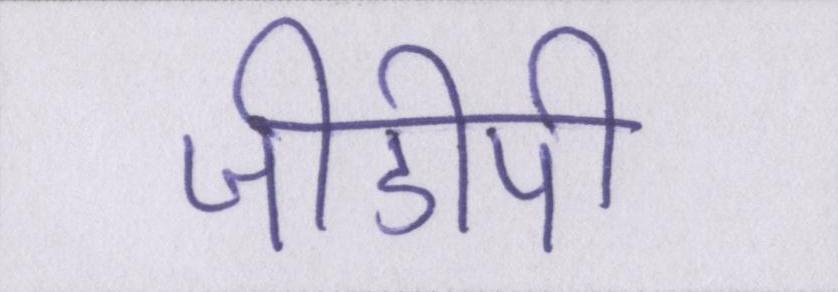
जीडीपी